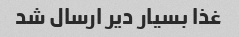
غذا بسیار دیر ارسال شد